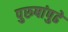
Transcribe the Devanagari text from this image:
पुरुषांपुढे